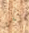
يكن